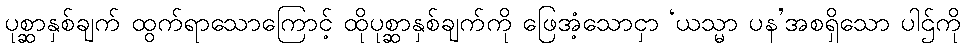
ပုစ္ဆာနှစ်ချက် ထွက်ရာသောကြောင့် ထိုပုစ္ဆာနှစ်ချက်ကို ဖြေအံ့သောငှာ ‘ယသ္မာ ပန’အစရှိသော ပါဌ်ကို